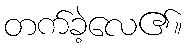
တက်ခဲ့လေ၏။